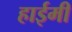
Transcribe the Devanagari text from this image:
हाईमी